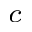
^ c